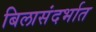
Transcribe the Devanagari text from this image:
बिलासंदर्भात